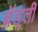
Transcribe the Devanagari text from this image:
ब्रॅड्ली